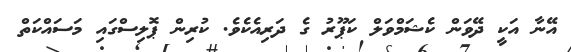
އޭނާ އަކީ ދޭވަން ކެޝަމްވަލް ކަޕޫރު ގެ ދަރިއެކެވެ. ކުރިން ޕޮލިސްގައި މަސައްކަތް